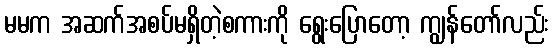
မမက အဆက်အစပ်မရှိတဲ့စကားကို ရွေးပြောတော့ ကျွန်တော်လည်း